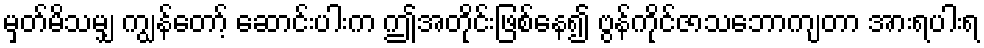
မှတ်မိသမျှ ကျွန်တော့် ဆောင်းပါးက ဤအတိုင်းဖြစ်နေ၍ ဗွန်ကိုင်ဇာသဘောကျတာ အားရပါးရ